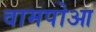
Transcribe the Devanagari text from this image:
वामपोआ